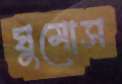
ঘুমোস